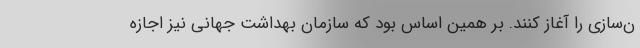
ن‌سازی را آغاز کنند. بر همین اساس بود که سازمان بهداشت جهانی نیز اجازه